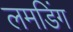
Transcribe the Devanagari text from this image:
लमडिंग